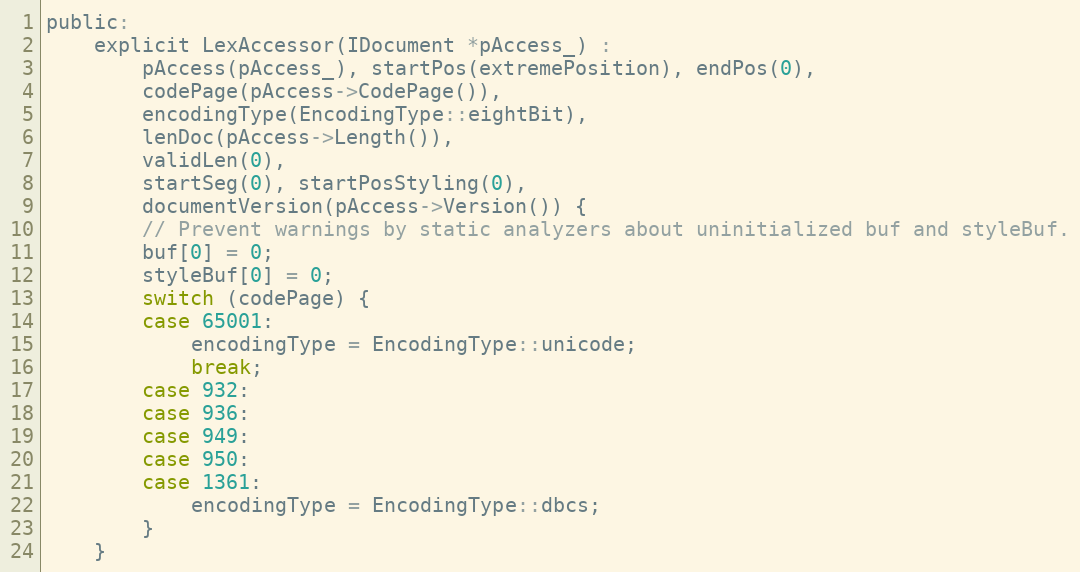
Language: C
public:
	explicit LexAccessor(IDocument *pAccess_) :
		pAccess(pAccess_), startPos(extremePosition), endPos(0),
		codePage(pAccess->CodePage()),
		encodingType(EncodingType::eightBit),
		lenDoc(pAccess->Length()),
		validLen(0),
		startSeg(0), startPosStyling(0),
		documentVersion(pAccess->Version()) {
		// Prevent warnings by static analyzers about uninitialized buf and styleBuf.
		buf[0] = 0;
		styleBuf[0] = 0;
		switch (codePage) {
		case 65001:
			encodingType = EncodingType::unicode;
			break;
		case 932:
		case 936:
		case 949:
		case 950:
		case 1361:
			encodingType = EncodingType::dbcs;
		}
	}